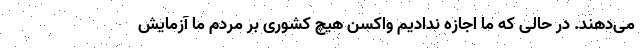
می‌دهند. در حالی که ما اجازه ندادیم واکسن هیچ کشوری بر مردم ما آزمایش